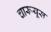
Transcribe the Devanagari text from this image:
चारूयूस